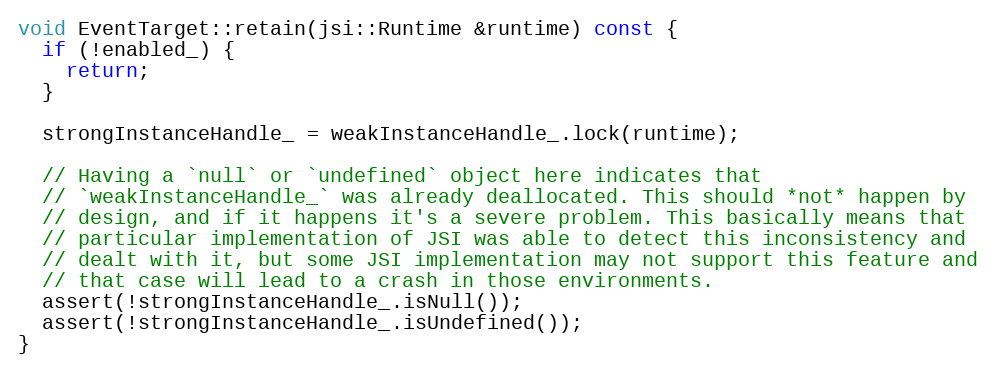
Language: C++
void EventTarget::retain(jsi::Runtime &runtime) const {
  if (!enabled_) {
    return;
  }

  strongInstanceHandle_ = weakInstanceHandle_.lock(runtime);

  // Having a `null` or `undefined` object here indicates that
  // `weakInstanceHandle_` was already deallocated. This should *not* happen by
  // design, and if it happens it's a severe problem. This basically means that
  // particular implementation of JSI was able to detect this inconsistency and
  // dealt with it, but some JSI implementation may not support this feature and
  // that case will lead to a crash in those environments.
  assert(!strongInstanceHandle_.isNull());
  assert(!strongInstanceHandle_.isUndefined());
}